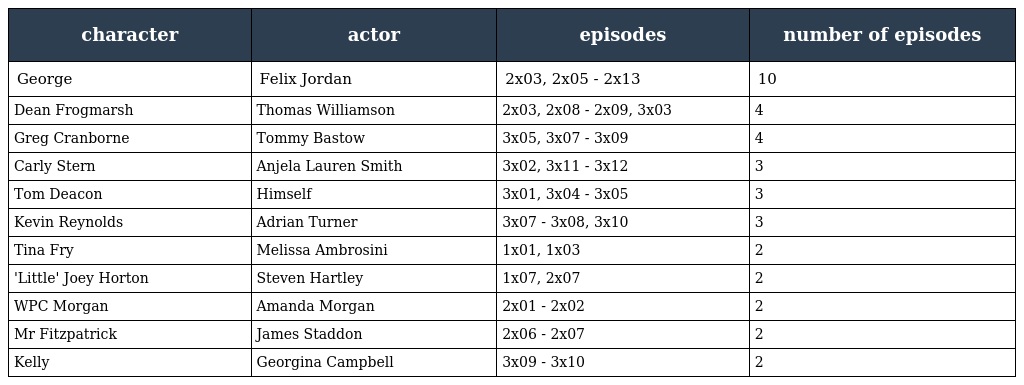
| character | actor | episodes | number of episodes |
 | --- | --- | --- | --- |
 | George | Felix Jordan | 2x03, 2x05 - 2x13 | 10 |
 | Dean Frogmarsh | Thomas Williamson | 2x03, 2x08 - 2x09, 3x03 | 4 |
 | Greg Cranborne | Tommy Bastow | 3x05, 3x07 - 3x09 | 4 |
 | Carly Stern | Anjela Lauren Smith | 3x02, 3x11 - 3x12 | 3 |
 | Tom Deacon | Himself | 3x01, 3x04 - 3x05 | 3 |
 | Kevin Reynolds | Adrian Turner | 3x07 - 3x08, 3x10 | 3 |
 | Tina Fry | Melissa Ambrosini | 1x01, 1x03 | 2 |
 | 'Little' Joey Horton | Steven Hartley | 1x07, 2x07 | 2 |
 | WPC Morgan | Amanda Morgan | 2x01 - 2x02 | 2 |
 | Mr Fitzpatrick | James Staddon | 2x06 - 2x07 | 2 |
 | Kelly | Georgina Campbell | 3x09 - 3x10 | 2 |